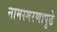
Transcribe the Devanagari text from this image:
नामस्मरणापुढे